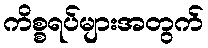
ကိစ္စရပ်များအတွက်